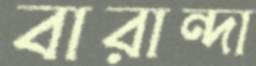
বারান্দা